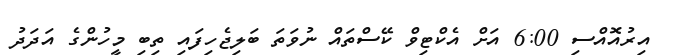
އިރުއޮއްސި 6:00 އަށް އެކްޓިވް ކޭސްތައް ނުވަތަ ބަލިޖެހިފައި ތިބި މީހުންގެ އަދަދު